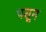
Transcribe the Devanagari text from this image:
पसून